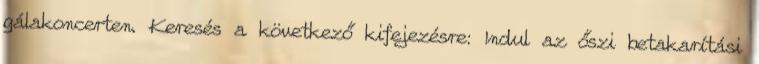
gálakoncerten. Keresés a következő kifejezésre: Indul az őszi betakarítási